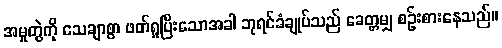
အမှုတွဲကို သေချာစွာ ဖတ်ရှုပြီးသောအခါ ဘုရင်ခံချုပ်သည် ခေတ္တမျှ စဉ်းစားနေသည်။